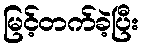
မြင့်တက်ခဲ့ပြီး